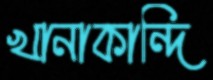
খানাকান্দি